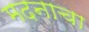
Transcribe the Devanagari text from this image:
मदनाचा